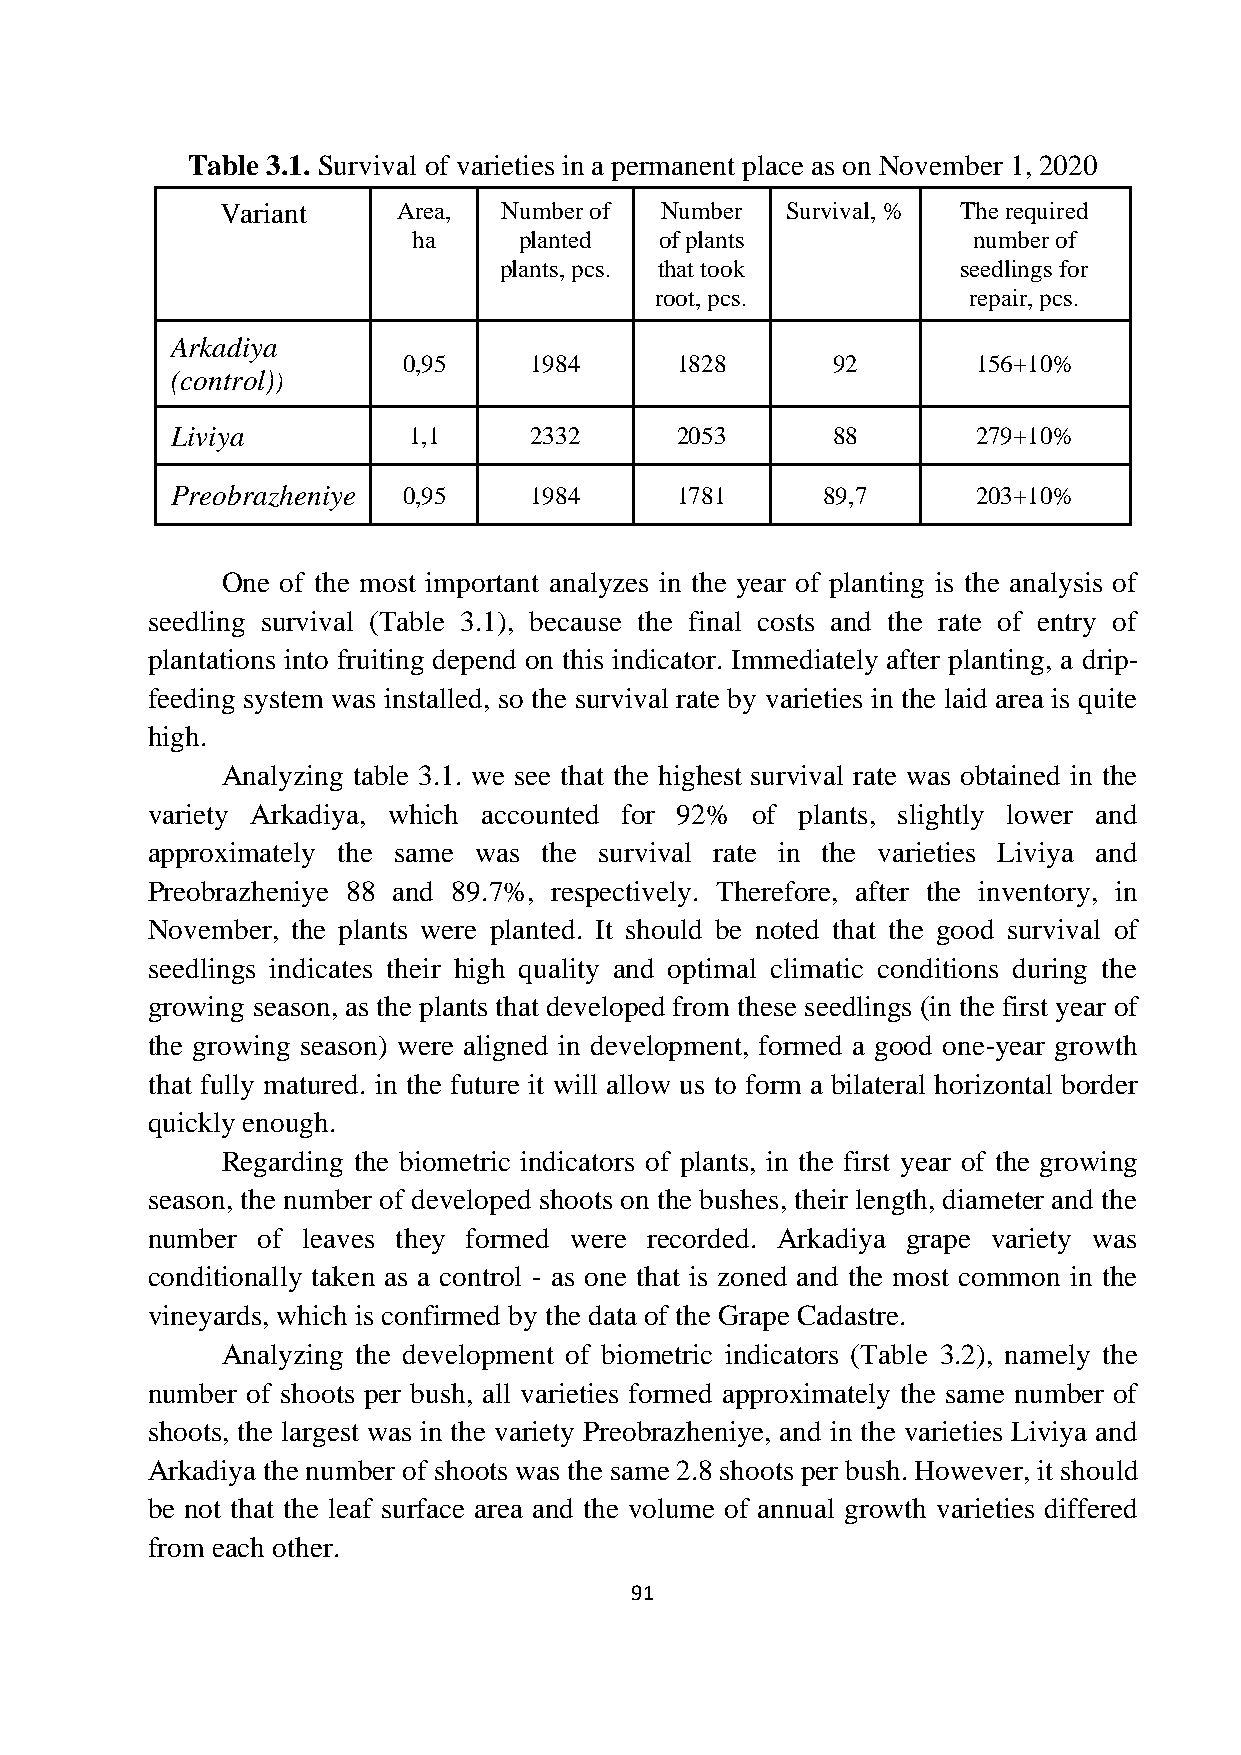
Table 3.1. Survival of varieties in a permanent place as on November 1, 2020
 Variant    Area,  Number of  Number  Survival, % The required
 ha     planted   of plants           number of
 plants, pcs. that took         seedlings for
 root, pcs.           repair, pcs.
 Arkadiya
 0,95    1984      1828      92        156+10%
 (control))
 Liviya          1,1     2332      2053      88        279+10%
 Preobrazheniye  0,95    1984      1781     89,7       203+10%
 One of the most important analyzes in the year of planting is the analysis of
 seedling survival (Table 3.1), because the final costs and the rate of entry of
 plantations into fruiting depend on this indicator. Immediately after planting, a drip-
 feeding system was installed, so the survival rate by varieties in the laid area is quite
 high.
 Analyzing table 3.1. we see that the highest survival rate was obtained in the
 variety Arkadiya, which accounted for 92% of plants, slightly lower and
 approximately the same was the survival rate in the varieties Liviya and
 Preobrazheniye 88 and 89.7%, respectively. Therefore, after the inventory, in
 November, the plants were planted. It should be noted that the good survival of
 seedlings indicates their high quality and optimal climatic conditions during the
 growing season, as the plants that developed from these seedlings (in the first year of
 the growing season) were aligned in development, formed a good one-year growth
 that fully matured. in the future it will allow us to form a bilateral horizontal border
 quickly enough.
 Regarding the biometric indicators of plants, in the first year of the growing
 season, the number of developed shoots on the bushes, their length, diameter and the
 number of leaves they formed were recorded. Arkadiya grape variety was
 conditionally taken as a control - as one that is zoned and the most common in the
 vineyards, which is confirmed by the data of the Grape Cadastre.
 Analyzing the development of biometric indicators (Table 3.2), namely the
 number of shoots per bush, all varieties formed approximately the same number of
 shoots, the largest was in the variety Preobrazheniye, and in the varieties Liviya and
 Arkadiya the number of shoots was the same 2.8 shoots per bush. However, it should
 be not that the leaf surface area and the volume of annual growth varieties differed
 from each other.
 91